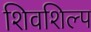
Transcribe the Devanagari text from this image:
शिवशिल्प